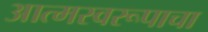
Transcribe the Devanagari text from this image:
आत्मस्वरूपाचा